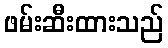
ဖမ်းဆီးထားသည်